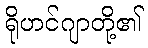
ရိုဟင်ဂျာတို့၏